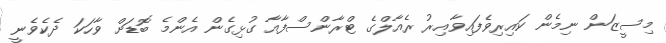
މިސީޒަން ނިމެން ކައިރިވެފައިވާއިރު ރެއާލްގެ ޓްރާންސްފާއާ ގުޅިގެން އެންމެ ބޮޑަށް ވާހަކަ ދެކެވެނީ